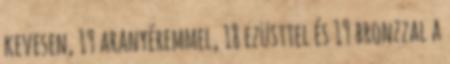
kevesen, 19 aranyéremmel, 18 ezüsttel és 19 bronzzal a